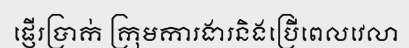
ផ្ញើរប្រាក់ ក្រុមការងារនិងប្រើពេលវេលា